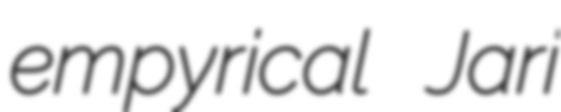
empyrical Jari